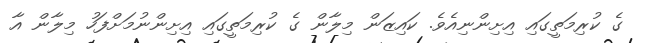
ގެ ކުރިމަތީގައި އިށިންނިއެވެ. ކައިޒަން މިލާން ގެ ކުރިމަތީގައި އިށިންނުމަށްފަހު މިލާން އާ